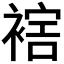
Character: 𧛪